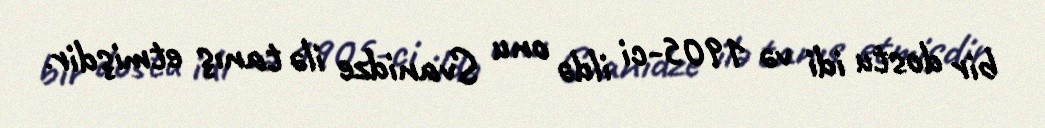
bir dostu idi və 1905-ci ildə onu Svanidze ilə tanış etmişdir.